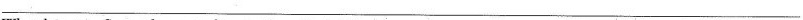
___